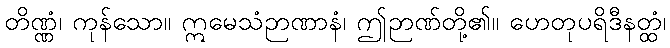
တိဏ္ဏံ၊ ကုန်သော။ ဣမေသံဉာဏာနံ၊ ဤဉာဏ်တို့၏။ ဟေတုပရိဒီနတ္ထံ၊